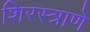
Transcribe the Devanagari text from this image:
शिरस्त्राणे